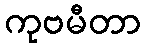
ကုဗမီတာ